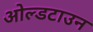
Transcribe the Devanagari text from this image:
ओल्डटाउन